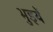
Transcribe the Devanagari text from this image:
भुइयें